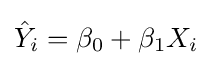
{\hat {Y}}_{i}=\beta _{0}+\beta _{1}{X_{i}}